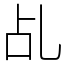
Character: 乩